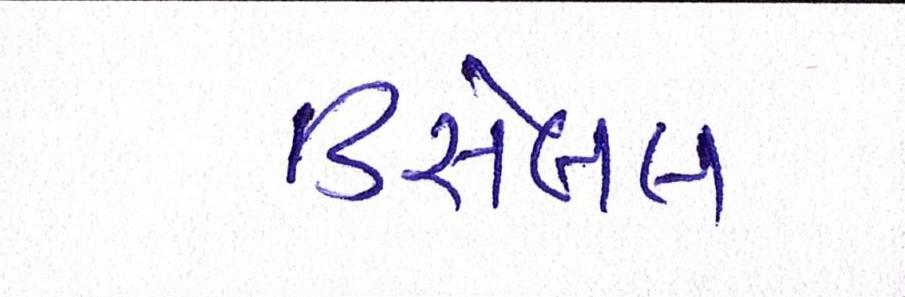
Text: ડિસેબલ